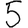
Digit: 5